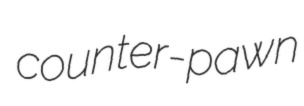
counter-pawn